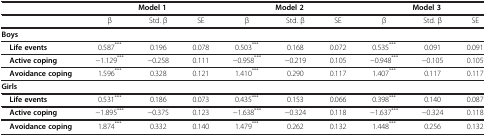
<table><thead><tr><td><b> </b></td><td colspan="3"><b>Model 1</b></td><td colspan="3"><b>Model 2</b></td><td colspan="3"><b>Model 3</b></td></tr></thead><tbody><tr><td> </td><td>β</td><td>Std. β</td><td>SE</td><td>β</td><td>Std. β</td><td>SE</td><td>β</td><td>Std. β</td><td>SE</td></tr><tr><td colspan="10"><b>Boys</b></td></tr><tr><td> <b>Life events</b></td><td>0.587<sup>***</sup></td><td>0.196</td><td>0.078</td><td>0.503<sup>***</sup></td><td>0.168</td><td>0.072</td><td>0.535<sup>***</sup></td><td>0.091</td><td>0.091</td></tr><tr><td> <b>Active coping</b></td><td>-1.129<sup>***</sup></td><td>-0.258</td><td>0.111</td><td>-0.958<sup>***</sup></td><td>-0.219</td><td>0.105</td><td>-0.948<sup>***</sup></td><td>-0.105</td><td>0.105</td></tr><tr><td> <b>Avoidance coping</b></td><td>1.596<sup>***</sup></td><td>0.328</td><td>0.121</td><td>1.410<sup>***</sup></td><td>0.290</td><td>0.117</td><td>1.407<sup>***</sup></td><td>0.117</td><td>0.117</td></tr><tr><td colspan="10"><b>Girls</b></td></tr><tr><td> <b>Life events</b></td><td>0.531<sup>***</sup></td><td>0.186</td><td>0.073</td><td>0.435<sup>***</sup></td><td>0.153</td><td>0.066</td><td>0.398<sup>***</sup></td><td>0.140</td><td>0.087</td></tr><tr><td> <b>Active coping</b></td><td>-1.895<sup>***</sup></td><td>-0.375</td><td>0.123</td><td>-1.638<sup>***</sup></td><td>-0.324</td><td>0.118</td><td>-1.637<sup>***</sup></td><td>-0.324</td><td>0.118</td></tr><tr><td> <b>Avoidance coping</b></td><td>1.874<sup>***</sup></td><td>0.332</td><td>0.140</td><td>1.479<sup>***</sup></td><td>0.262</td><td>0.132</td><td>1.448<sup>***</sup></td><td>0.256</td><td>0.132</td></tr></tbody></table>